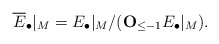
\begin{align*}\overline{E}_{\bullet}|_{M}=E_{\bullet}|_M/({\bf O}_{\le -1} E_{\bullet}|_{M}).\end{align*}